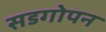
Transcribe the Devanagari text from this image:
सडगोपन